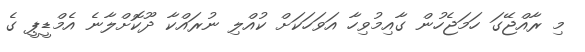
މި ރާއްޖޭގަ ހަމަޖެހުން ގާއިމުވިހާ އަވަހަކަށް ކުއްލި ނުރައްކާ ދޫކޮށްލާނެ އެމްޑީޕީ ގެ